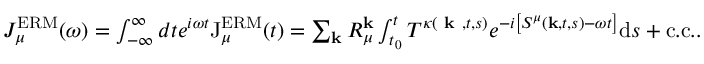
\begin{array} { r } { J _ { \mu } ^ { \mathrm { E R M } } ( \omega ) = \int _ { - \infty } ^ { \infty } d t e ^ { i \omega t } \mathrm { J } _ { \mu } ^ { \mathrm { E R M } } ( t ) = \sum _ { \mathbf { k } } R _ { \mu } ^ { \mathbf { k } } \int _ { t _ { 0 } } ^ { t } T ^ { \kappa ( \textbf { k } , t , s ) } e ^ { - i \left[ S ^ { \mu } ( \mathbf { k } , t , s ) - \omega t \right] } \mathrm { d } s + \mathrm { c . c . } . } \end{array}